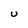
Character: U